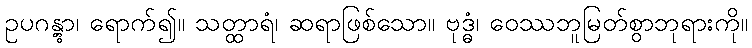
ဥပဂန္တွာ၊ ရောက်၍။ သတ္ထာရံ၊ ဆရာဖြစ်သော။ ဗုဒ္ဓံ၊ ဝေဿဘူမြတ်စွာဘုရားကို။